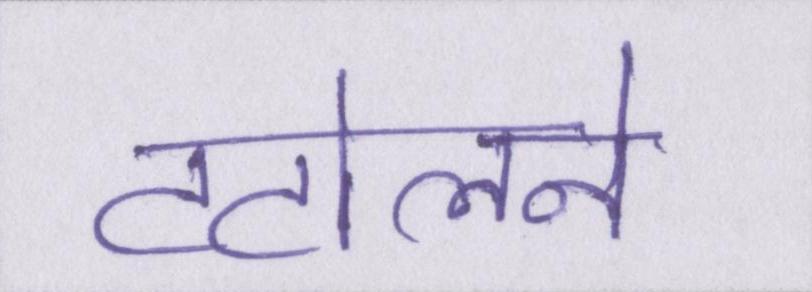
टटोलने